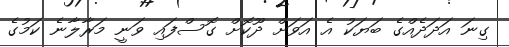
ގިނަ އަދަދެއްގެ ބަޔަކު އެ އަވަށް ދޫކޮށް ގޮސްފައި ވަނީ މަރާލާނެ ކަމުގެ